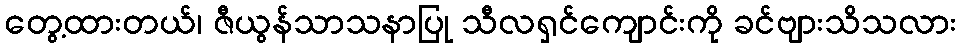
တွေ့ထားတယ်၊ ဇီယွန်သာသနာပြု သီလရှင်ကျောင်းကို ခင်ဗျားသိသလား